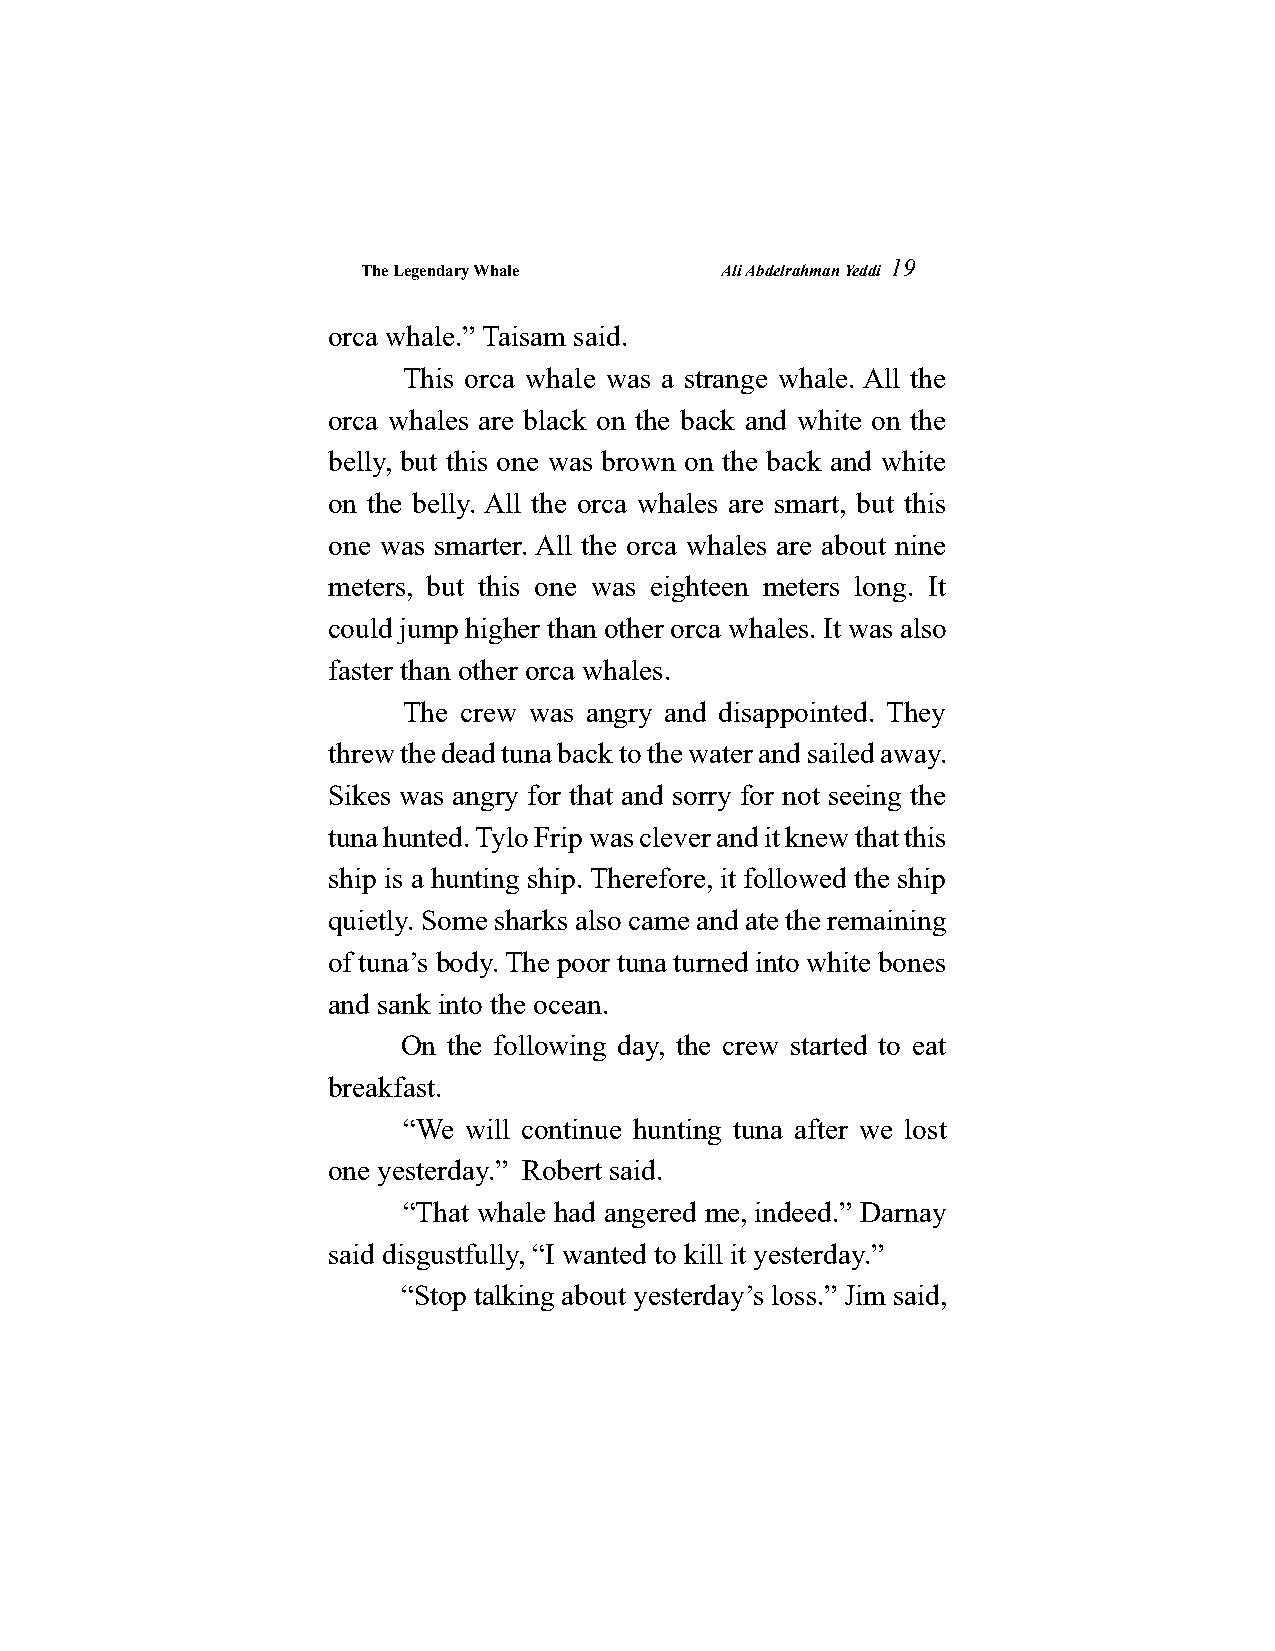
The Legendary Whale     Ali Abdelrahman Yeddi
 19
 orca whale.” Taisam said.
 This orca whale was a strange whale. All the
 orca whales are black on the back and white on the
 belly, but this one was brown on the back and white
 on the belly. All the orca whales are smart, but this
 one was smarter. All the orca whales are about nine
 meters, but this one was eighteen meters long. It
 could jump higher than other orca whales. It was also
 faster than other orca whales.
 The crew was angry and disappointed. They
 threw the dead tuna back to the water and sailed away.
 Sikes was angry for that and sorry for not seeing the
 tuna hunted. Tylo Frip was clever and it knew that this
 ship is a hunting ship. Therefore, it followed the ship
 quietly. Some sharks also came and ate the remaining
 of tuna’s body. The poor tuna turned into white bones
 and sank into the ocean.
 On the following day, the crew started to eat
 breakfast.
 “We will continue hunting tuna after we lost
 one yesterday.” Robert said.
 “That whale had angered me, indeed.” Darnay
 said disgustfully, “I wanted to kill it yesterday.”
 “Stop talking about yesterday’s loss.” Jim said,